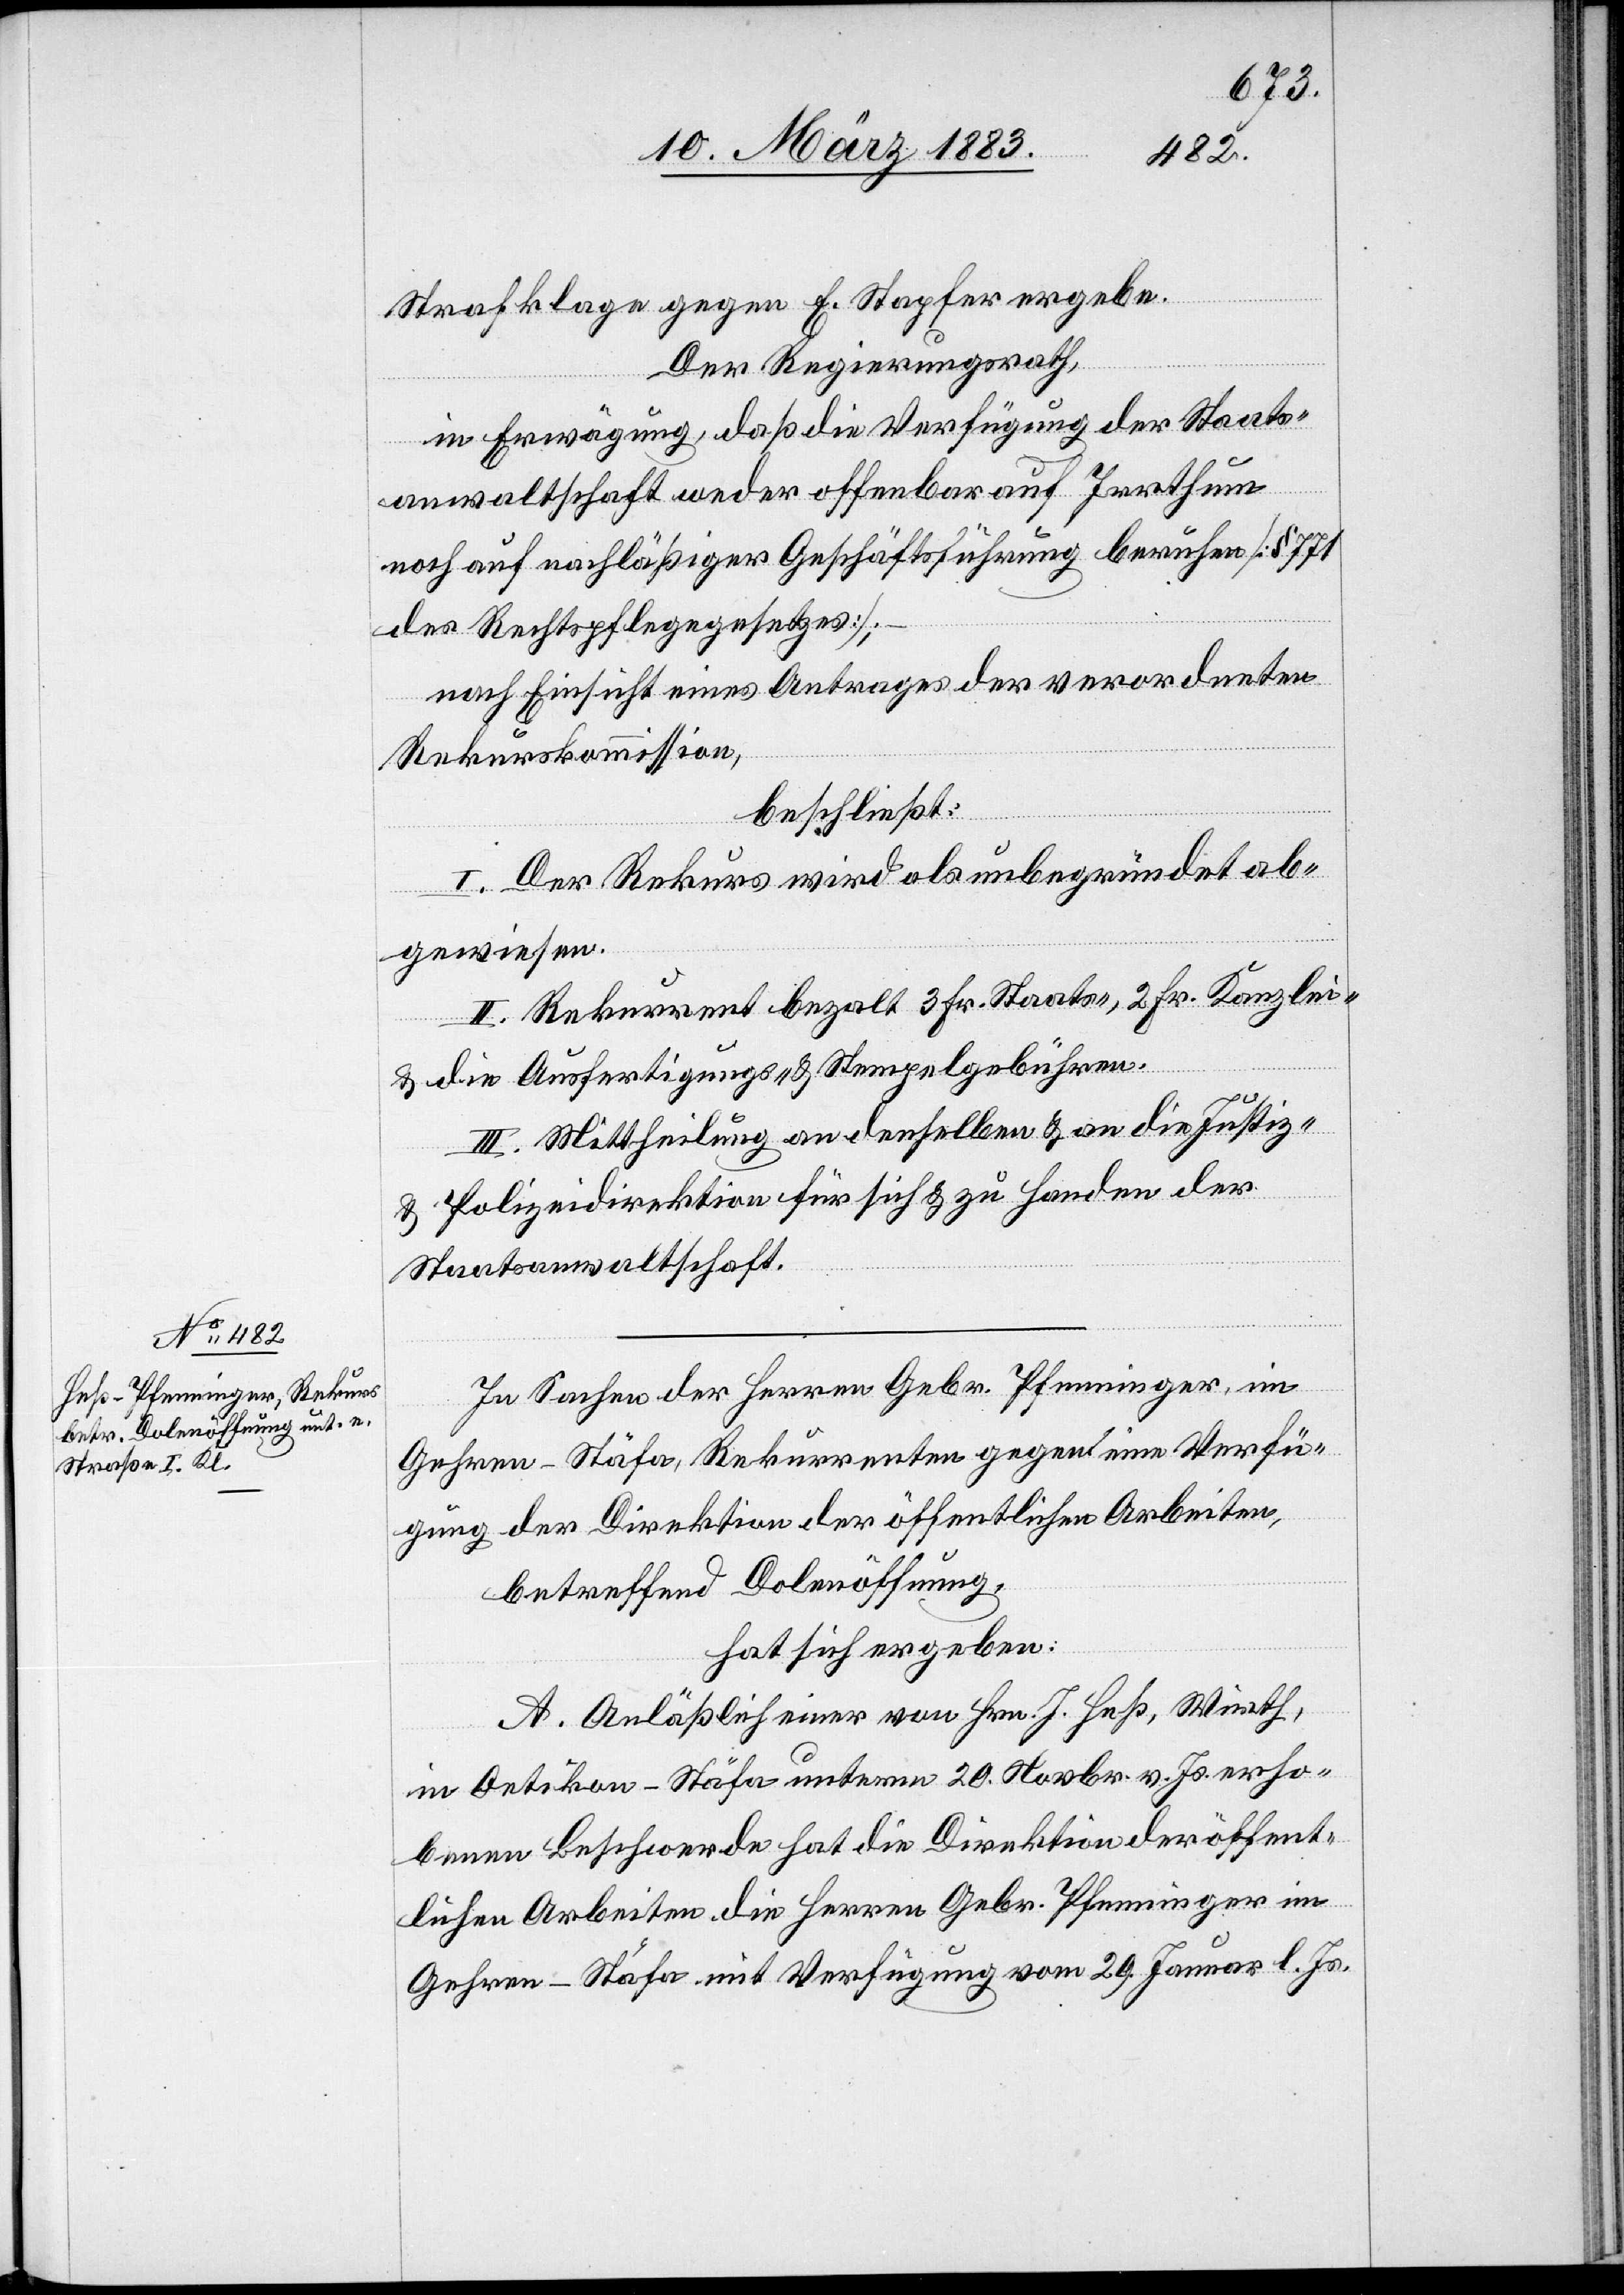
1883
gewiesen
II. Mittheilung an den Rekurrenten unter
Staatsanwaltschaft
&
hat sich ergeben: